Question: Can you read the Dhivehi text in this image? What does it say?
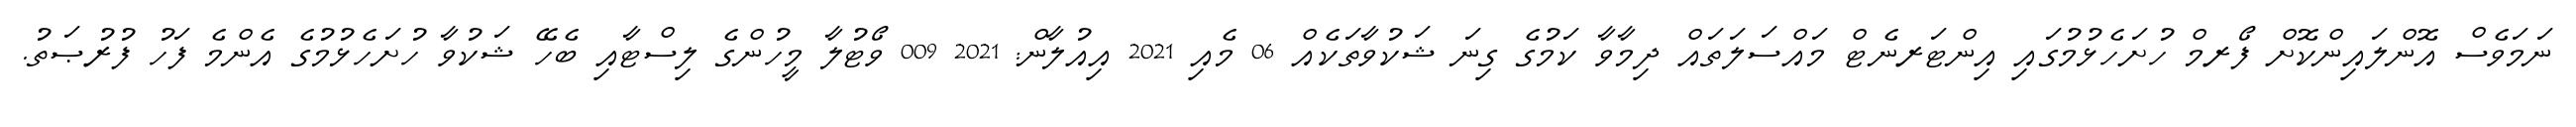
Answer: ނަމަވެސް އޮންލައިންކޮށް ފޯރމް ހުށަހެޅުމުގައި އިންޓަރނެޓް މައްސަލަތައް ދިމާވާ ކަމުގެ ގިނަ ޝަކުވާތަކެއް 06 މެއި 2021 އިއުލާން: 2021 009 ވޯޓުލާ މީހުންގެ ލިސްޓާއި ބެހޭ ޝަކުވާ ހުށަހެޅުމުގެ އެންމެ ފަހު ފުރުޞަތު.